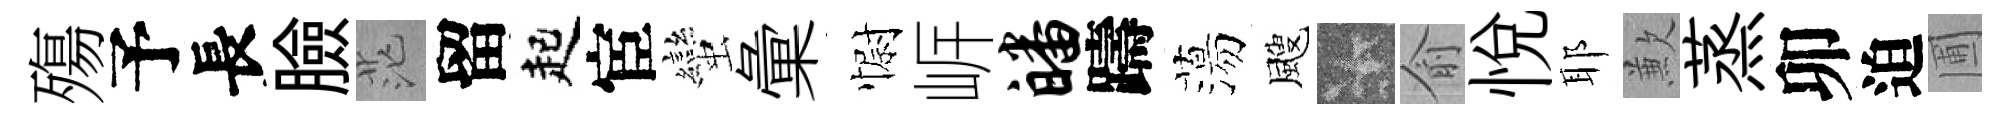
殤予長臉茫留起宦蠻彙𢠢㟁皤躊蕩颼卡俞悦耶歉蒸卯迫圃